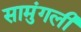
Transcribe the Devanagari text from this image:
सामुंगली